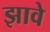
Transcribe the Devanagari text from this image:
झावे